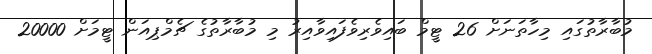
މުބާރާތުގައި މިހާތަނަށް 26 ޓީމް ބައިވެރިވެފައިވާއިރު މި މުބާރާތުގެ ޗެމްޕިއަން ޓީމަށް 20000